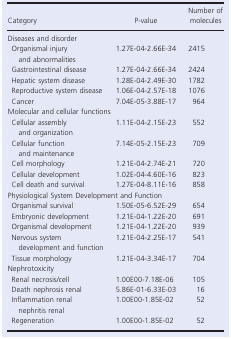
<table><thead><tr><td><b>Category</b></td><td><b>P‐value</b></td><td><b>Number of molecules</b></td></tr></thead><tbody><tr><td colspan="3">Diseases and disorder</td></tr><tr><td>Organismal injury and abnormalities</td><td>1.27E‐04‐2.66E‐34</td><td>2415</td></tr><tr><td>Gastrointestinal disease</td><td>1.27E‐04‐2.66E‐34</td><td>2424</td></tr><tr><td>Hepatic system disease</td><td>1.28E‐04‐2.49E‐30</td><td>1782</td></tr><tr><td>Reproductive system disease</td><td>1.06E‐04‐2.57E‐18</td><td>1076</td></tr><tr><td>Cancer</td><td>7.04E‐05‐3.88E‐17</td><td>964</td></tr><tr><td colspan="3">Molecular and cellular functions</td></tr><tr><td>Cellular assembly and organization</td><td>1.11E‐04‐2.15E‐23</td><td>552</td></tr><tr><td>Cellular function and maintenance</td><td>7.14E‐05‐2.15E‐23</td><td>709</td></tr><tr><td>Cell morphology</td><td>1.21E‐04‐2.74E‐21</td><td>720</td></tr><tr><td>Cellular development</td><td>1.02E‐04‐4.60E‐16</td><td>823</td></tr><tr><td>Cell death and survival</td><td>1.27E‐04‐8.11E‐16</td><td>858</td></tr><tr><td colspan="3">Physiological System Development and Function</td></tr><tr><td>Organismal survival</td><td>1.50E‐05‐6.52E‐29</td><td>654</td></tr><tr><td>Embryonic development</td><td>1.21E‐04‐1.22E‐20</td><td>691</td></tr><tr><td>Organismal development</td><td>1.21E‐04‐1.22E‐20</td><td>939</td></tr><tr><td>Nervous system development and function</td><td>1.21E‐04‐2.25E‐17</td><td>541</td></tr><tr><td>Tissue morphology</td><td>1.21E‐04‐3.34E‐17</td><td>704</td></tr><tr><td colspan="3">Nephrotoxicity</td></tr><tr><td>Renal necrosis/cell</td><td>1.00E00‐7.18E‐06</td><td>105</td></tr><tr><td>Death nephrosis renal</td><td>5.86E‐01‐6.33E‐03</td><td>16</td></tr><tr><td>Inflammation renal nephritis renal</td><td>1.00E00‐1.85E‐02</td><td>52</td></tr><tr><td>Regeneration</td><td>1.00E00‐1.85E‐02</td><td>52</td></tr></tbody></table>